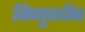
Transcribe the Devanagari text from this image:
विष्णुवधॅन